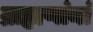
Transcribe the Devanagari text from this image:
ब्राह्मणांनां